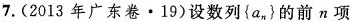
7.(2013年广东卷·19)设数列{a_{n}}的前n项